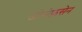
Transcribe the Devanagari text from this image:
जोसेफ़सेन